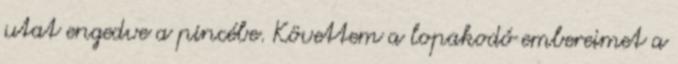
utat engedve a pincébe. Követtem a lopakodó embereimet a